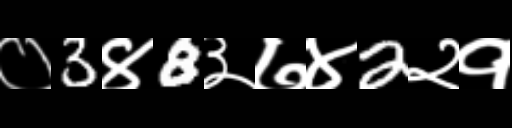
Text: ०3४8३७४2२१